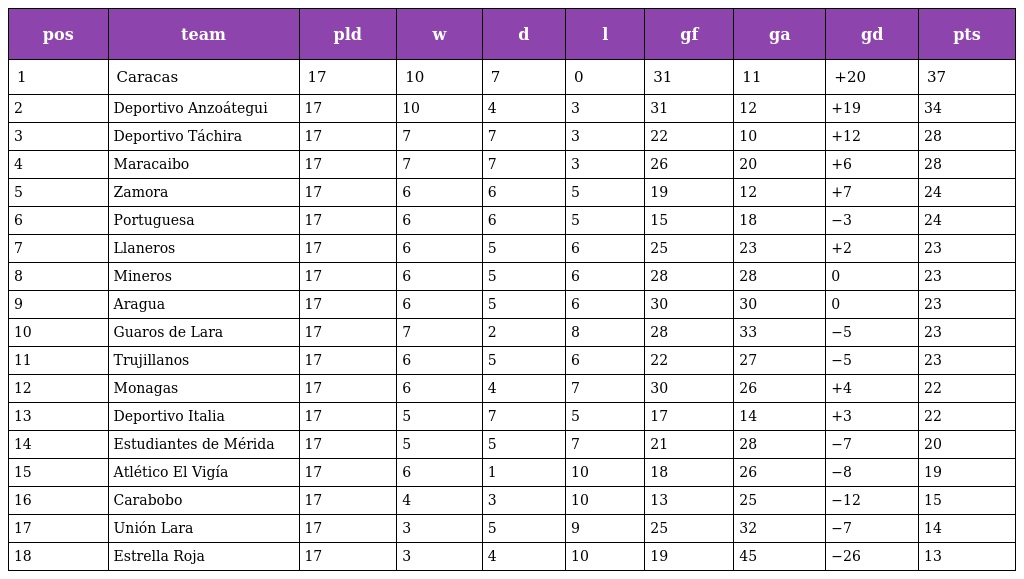
| pos | team | pld | w | d | l | gf | ga | gd | pts |
 | --- | --- | --- | --- | --- | --- | --- | --- | --- | --- |
 | 1 | Caracas | 17 | 10 | 7 | 0 | 31 | 11 | +20 | 37 |
 | 2 | Deportivo Anzoátegui | 17 | 10 | 4 | 3 | 31 | 12 | +19 | 34 |
 | 3 | Deportivo Táchira | 17 | 7 | 7 | 3 | 22 | 10 | +12 | 28 |
 | 4 | Maracaibo | 17 | 7 | 7 | 3 | 26 | 20 | +6 | 28 |
 | 5 | Zamora | 17 | 6 | 6 | 5 | 19 | 12 | +7 | 24 |
 | 6 | Portuguesa | 17 | 6 | 6 | 5 | 15 | 18 | −3 | 24 |
 | 7 | Llaneros | 17 | 6 | 5 | 6 | 25 | 23 | +2 | 23 |
 | 8 | Mineros | 17 | 6 | 5 | 6 | 28 | 28 | 0 | 23 |
 | 9 | Aragua | 17 | 6 | 5 | 6 | 30 | 30 | 0 | 23 |
 | 10 | Guaros de Lara | 17 | 7 | 2 | 8 | 28 | 33 | −5 | 23 |
 | 11 | Trujillanos | 17 | 6 | 5 | 6 | 22 | 27 | −5 | 23 |
 | 12 | Monagas | 17 | 6 | 4 | 7 | 30 | 26 | +4 | 22 |
 | 13 | Deportivo Italia | 17 | 5 | 7 | 5 | 17 | 14 | +3 | 22 |
 | 14 | Estudiantes de Mérida | 17 | 5 | 5 | 7 | 21 | 28 | −7 | 20 |
 | 15 | Atlético El Vigía | 17 | 6 | 1 | 10 | 18 | 26 | −8 | 19 |
 | 16 | Carabobo | 17 | 4 | 3 | 10 | 13 | 25 | −12 | 15 |
 | 17 | Unión Lara | 17 | 3 | 5 | 9 | 25 | 32 | −7 | 14 |
 | 18 | Estrella Roja | 17 | 3 | 4 | 10 | 19 | 45 | −26 | 13 |